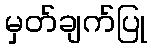
မှတ်ချက်ပြု